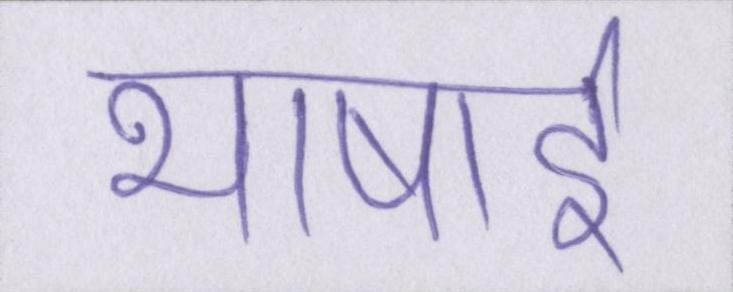
भाषाई